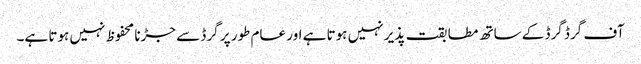
آف گرڈ گرڈ کے ساتھ مطابقت پذیر نہیں ہوتا ہے اور عام طور پر گرڈ سے جڑنا محفوظ نہیں ہوتا ہے۔